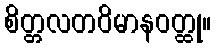
စိတ္တလတဝိမာနဝတ္ထု။